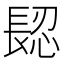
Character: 𨲅